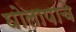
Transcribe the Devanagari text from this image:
घोलापाचे